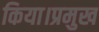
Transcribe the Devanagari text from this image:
किया।प्रमुख